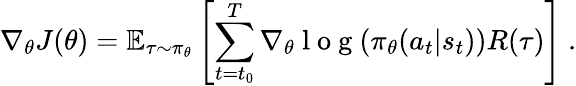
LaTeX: \nabla_{\theta}J(\theta)=\mathbb{E}_{\tau\sim\pi_{\theta}}\left[\sum_{{t=t_{0}}}^{T}\nabla_{\theta}\mathrm{~l~o~g~}(\pi_{\theta}(a_{t}|s_{t}))R(\tau)\right]~.